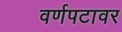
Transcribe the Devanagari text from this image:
वर्णपटावर